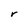
Character: r